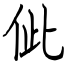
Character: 佌